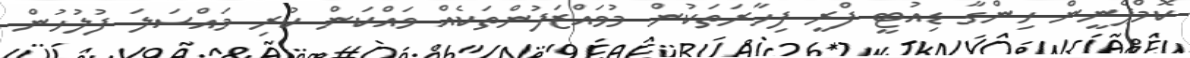
ކޮމްޕެނީން ހިންގާ ޑިއުޓީ ފްރީ ފިހާރަތަކުން މުވައްޒަފުންތަކެއް ވައްކަން ކުރި މައްސަލަ ފުލުހުން